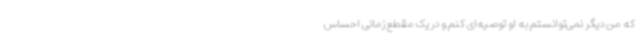
که من دیگر نمی‌توانستم به او توصیه‌ای کنم و در یک مقطع زمانی احساس